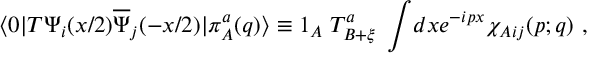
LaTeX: \langle 0 \vert T \Psi _ { i } ( x / 2 ) \overline { { \Psi } } _ { j } ( - x / 2 ) \vert \pi _ { A } ^ { a } ( q ) \rangle \equiv 1 _ { A } \; T _ { B + \xi } ^ { a } \; \int \! d x e ^ { - i p x } \chi _ { A i j } ( p ; q ) { } ~ ,